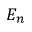
E _ { n }